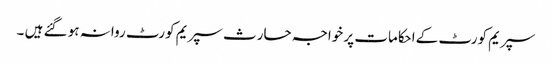
سپریم کورٹ کےاحکامات پر خواجہ حارث سپریم کورٹ روانہ ہو گئے ہیں ۔